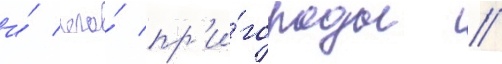
и́ его́ пр'и́городы //